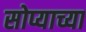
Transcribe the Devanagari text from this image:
सोप्याच्या